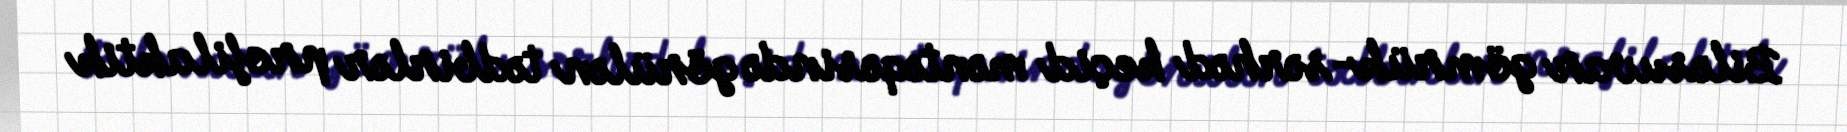
Biləsuvar gömrük-sərhəd keçid məntəqəsində görülən tədbirlər profilaktik